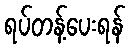
ရပ်တန့်ပေးရန်